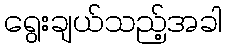
ရွေးချယ်သည့်အခါ